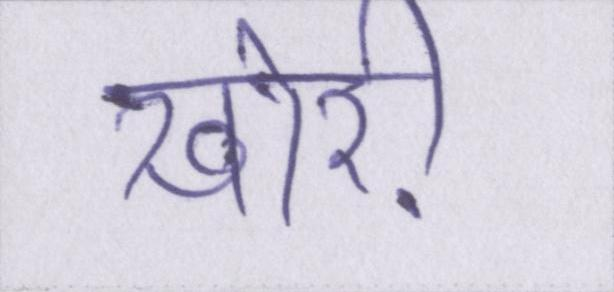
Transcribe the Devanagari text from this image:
खोरी